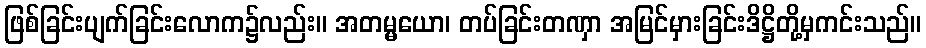
ဖြစ်ခြင်းပျက်ခြင်းလောက၌လည်း။ အတမ္မယော၊ တပ်ခြင်းတဏှာ အမြင်မှားခြင်းဒိဋ္ဌိတို့မှကင်းသည်။